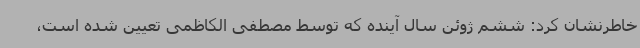
خاطرنشان کرد: ششم ژوئن سال آینده که توسط مصطفی الکاظمی تعیین شده است،